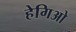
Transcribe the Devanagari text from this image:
हेगिओ